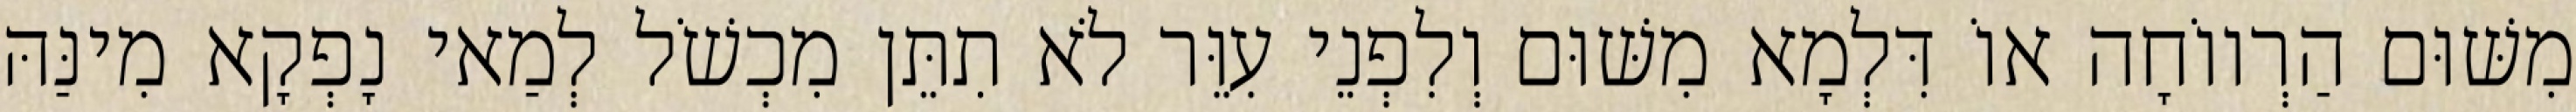
מִשּׁוּם הַרְווֹחָה אוֹ דִּלְמָא מִשּׁוּם וְלִפְנֵי עִוֵּר לֹא תִתֵּן מִכְשֹׁל לְמַאי נָפְקָא מִינַּהּ